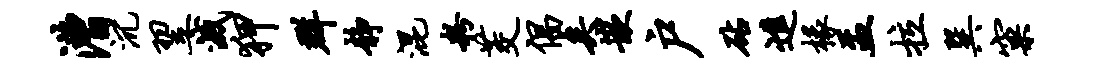
漕沉翌灭狎群静混粉茭倡矣嵌户砧进椽盂拉巽窠